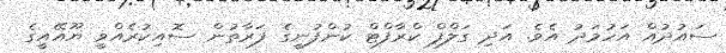
ސައުދުއް އަހުމަދު އެވެ. އަދި ގަލްފް ކްރާފްޓް ކުންފުނީގެ ފަރާތުން ސޮއިކުރެއްވީ ޔޫއޭއީގެ